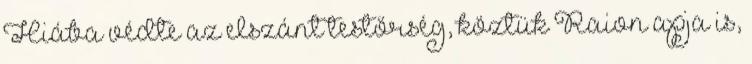
Hiába védte az elszánt testőrség, köztük Raion apja is,